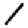
Digit: 1